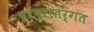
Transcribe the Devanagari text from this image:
परंपरातर्गत